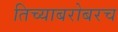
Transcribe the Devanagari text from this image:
तिच्याबरोबरच